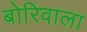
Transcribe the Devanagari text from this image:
बोरिवाला